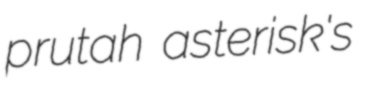
prutah asterisk's